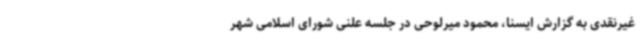
غیرنقدی به گزارش ایسنا، محمود میرلوحی در جلسه علنی شورای اسلامی شهر